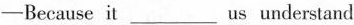
-Because it___ us understand